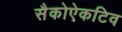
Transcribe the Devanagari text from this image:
सैकोऐकटिव